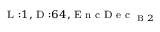
_ { \textrm { L } : 1 , \textrm { D } : 6 4 , \textrm { E n c D e c } _ { \textrm { B } 2 } }